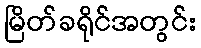
မြိတ်ခရိုင်အတွင်း